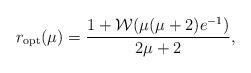
LaTeX: \begin{align*} r_{\rm opt}(\mu)=\frac{1+\mathcal{W}(\mu(\mu+2)e^{-1})}{2\mu+2} , \end{align*}